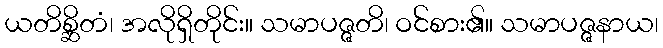
ယတိစ္ဆိတံ၊ အလိုရှိတိုင်း။ သမာပဇ္ဇတိ၊ ဝင်စား၏။ သမာပဇ္ဇနာယ၊